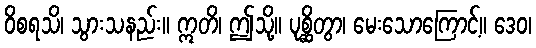
ဝိစရသိ၊ သွားသနည်း။ ဣတိ၊ ဤသို့။ ပုစ္ဆိတွာ၊ မေးသောကြောင့်။ ဒေဝ၊